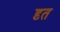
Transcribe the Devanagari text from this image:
दृत